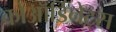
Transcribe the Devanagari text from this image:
कोऑर्डिनेट्स